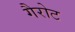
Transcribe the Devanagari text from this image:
गैरोट